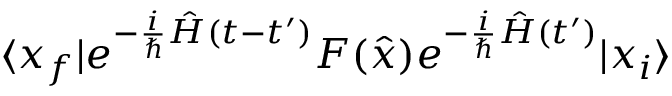
\langle x _ { f } | e ^ { - { \frac { i } { \hbar } } { \hat { H } } ( t - t ^ { \prime } ) } F ( { \hat { x } } ) e ^ { - { \frac { i } { \hbar } } { \hat { H } } ( t ^ { \prime } ) } | x _ { i } \rangle